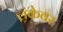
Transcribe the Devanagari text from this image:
लंकेवर